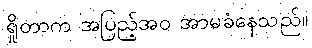
ရှိုတာက အပြည့်အဝ အာမခံနေသည်။